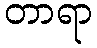
တာရာ